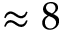
\approx 8